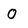
Character: 0